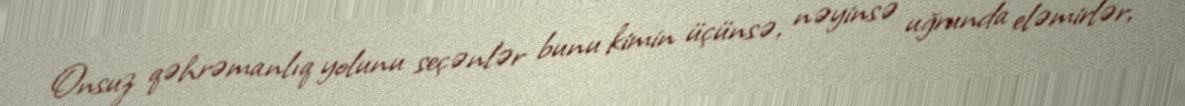
Onsuz qəhrəmanlıq yolunu seçənlər bunu kimin üçünsə, nəyinsə uğrunda eləmirlər,